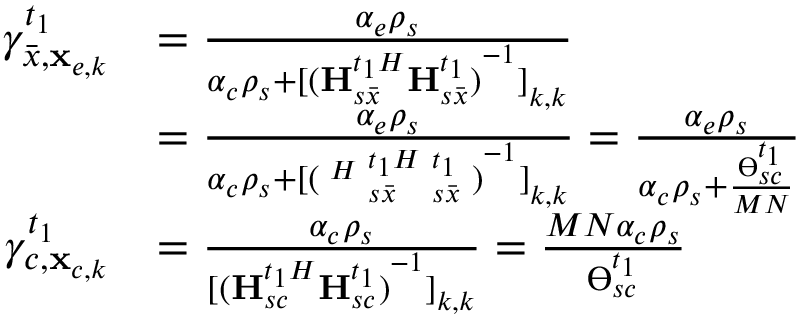
\begin{array} { r l } { \gamma _ { \bar { x } , { { \bf { x } } _ { e , k } } } ^ { { t _ { 1 } } } } & { = \frac { { { \alpha _ { e } } { \rho _ { s } } } } { { { \alpha _ { c } } { \rho _ { s } } + { { [ { { ( { \bf { H } } { { _ { s \bar { x } } ^ { { t _ { 1 } } H } } } { \bf { H } } _ { s \bar { x } } ^ { { t _ { 1 } } } ) } ^ { - 1 } } ] } _ { k , k } } } } } \\ & { = \frac { { { \alpha _ { e } } { \rho _ { s } } } } { { { \alpha _ { c } } { \rho _ { s } } + { { [ { { ( { { \bf { \Lambda } } ^ { H } } { \bf { \Xi } } { { _ { s \bar { x } } ^ { { t _ { 1 } } H } } } { \bf { \Xi } } _ { s \bar { x } } ^ { { t _ { 1 } } } { \bf { \Lambda } } ) } ^ { - 1 } } ] } _ { k , k } } } } = \frac { { { \alpha _ { e } } { \rho _ { s } } } } { { { \alpha _ { c } } { \rho _ { s } } + \frac { { \varTheta _ { s c } ^ { { t _ { 1 } } } } } { { M N } } } } } \\ { \gamma _ { c , { { \bf { x } } _ { c , k } } } ^ { { t _ { 1 } } } } & { = \frac { { { \alpha _ { c } } { \rho _ { s } } } } { { { { [ { { ( { \bf { H } } { { _ { s c } ^ { { t _ { 1 } } H } } } { \bf { H } } _ { s c } ^ { { t _ { 1 } } } ) } ^ { - 1 } } ] } _ { k , k } } } } = \frac { { M N { \alpha _ { c } } { \rho _ { s } } } } { { \varTheta _ { s c } ^ { { t _ { 1 } } } } } } \end{array}